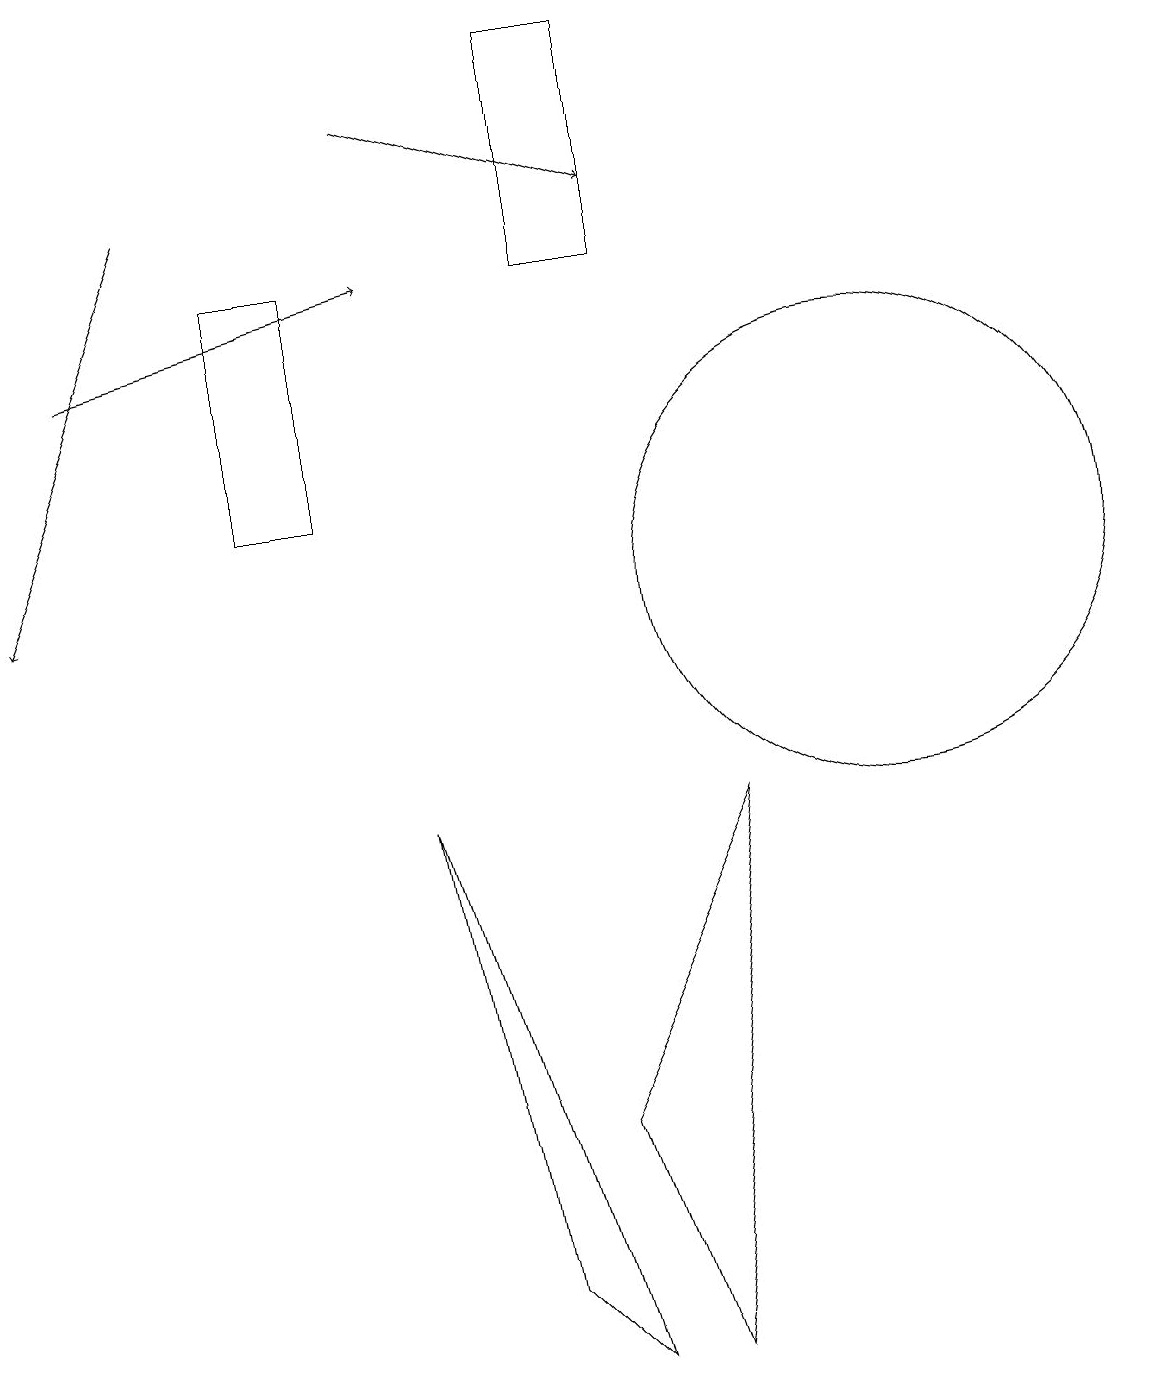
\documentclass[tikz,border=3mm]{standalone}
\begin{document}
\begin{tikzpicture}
\draw (7,3) -- (9,7) -- (8,0) -- cycle;
\draw (7,0) -- (6,1) -- (5,7) -- cycle;
\draw (7,14) rectangle (8,17);
\draw[->] (5,16) -- (8,15);
\draw (3,11) rectangle (4,14);
\draw[->] (1,13) -- (5,14);
\draw (11,10) circle (3);
\draw[->] (2,15) -- (0,10);
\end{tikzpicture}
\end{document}